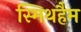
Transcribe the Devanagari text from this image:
स्मिथहैम